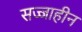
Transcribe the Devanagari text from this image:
सज्जाहीन